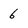
Character: 6